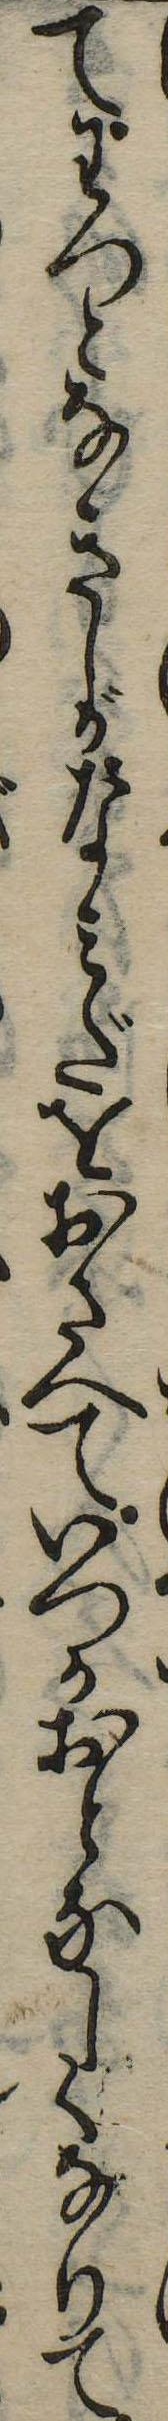
てわつとなきしがなみだをおさへていつかおとなしくなりて